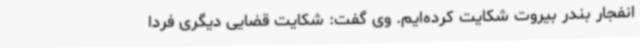
انفجار بندر بیروت شکایت کرده‌ایم. وی گفت: شکایت قضایی دیگری فردا